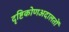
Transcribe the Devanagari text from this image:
दृष्टिकोणअदालतों